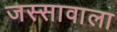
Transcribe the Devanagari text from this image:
जस्‍सावाला